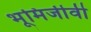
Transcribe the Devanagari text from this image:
भूमिजीवी